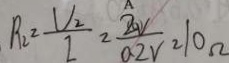
R _ { 2 } = \frac { \vert V _ { 2 } } { l } = \frac { 2 0 V } { 0 . 2 V } = 1 0 \Omega